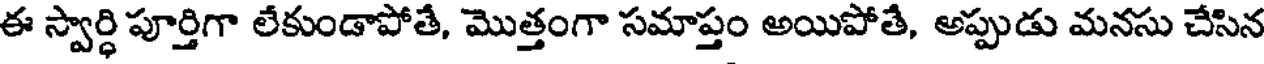
ఈ స్వార్ధి పూర్తిగా లేకుండాపోతే, మొత్తంగా సమాప్తం అయిపోతే, అప్పుడు మనసు చేసిన